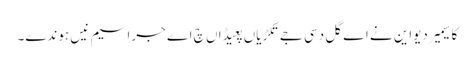
کاسیمیر دیواین نے اے گل دسی جے تکڑیاں پعیڈاں چ اے جراسیم نیں ہوندے۔